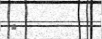
٥